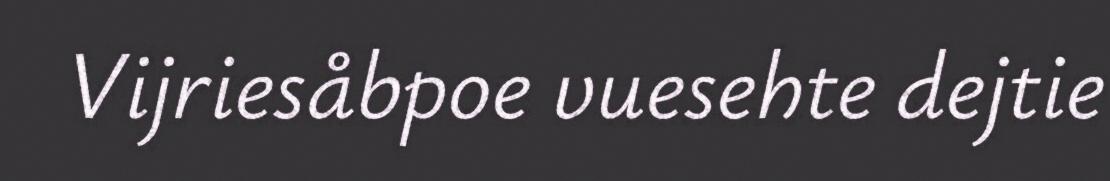
Vijriesåbpoe vuesehte dejtie